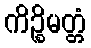
ကိဉ္စိမတ္တံ